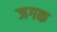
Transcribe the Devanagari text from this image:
जगक